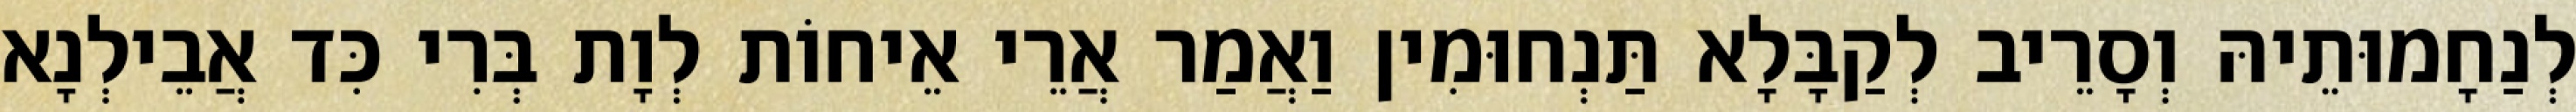
לְנַחָמוּתֵיהּ וְסָרֵיב לְקַבָּלָא תַּנְחוּמִין וַאֲמַר אֲרֵי אֵיחוֹת לְוָת בְּרִי כִּד אֲבֵילְנָא